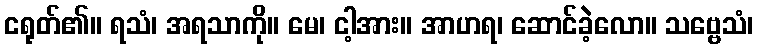
ငရုတ်၏။ ရသံ၊ အရသာကို။ မေ၊ ငါ့အား။ အာဟရ၊ ဆောင်ခဲ့လော။ သဗ္ဗေသံ၊